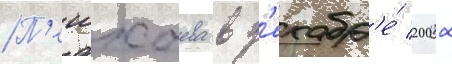
П'ешхоева в д'екабр'е́ 2002